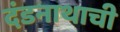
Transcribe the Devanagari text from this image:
दंडनाथाची